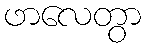
ဖာလေတွာ